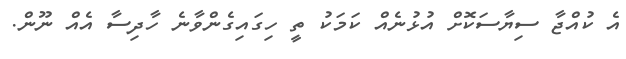
އެ ކުއްޖާ ސިޔާސަކޮށް އުޅުނެއް ކަމަކު ތީ ހިގައިގެންވާނެ ހާދިސާ އެއް ނޫން.